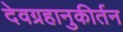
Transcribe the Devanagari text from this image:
देवग्रहानुकीर्तन